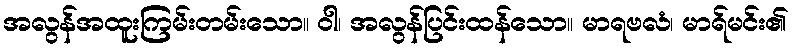
အလွန်အထူးကြမ်းတမ်းသော။ ဝါ၊ အလွန်ပြင်းထန်သော။ မာရဗလံ၊ မာရ်မင်း၏